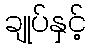
ချုပ်နှင့်